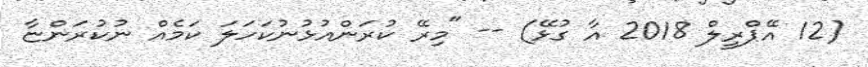
(12 އޭޕްރީލް 2018 އާ ގުޅޭ) -- "މިރޭ ކުރަންއުޅުނުކަހަލަ ކަމެއް ނުކުރަންޏާ